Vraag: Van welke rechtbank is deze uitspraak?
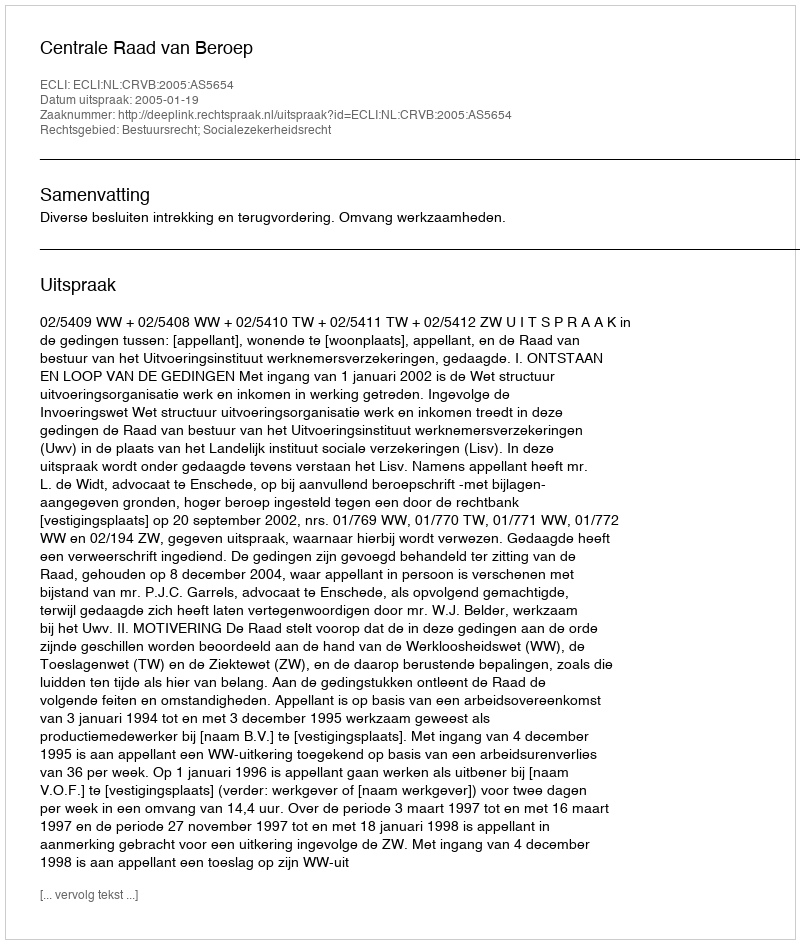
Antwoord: Centrale Raad van Beroep